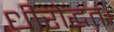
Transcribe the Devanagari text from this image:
धीरोद्धत।